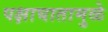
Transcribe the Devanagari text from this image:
पक्षाघातामुळे